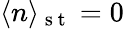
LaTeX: \langle n\rangle_{\mathrm{~s~t~}}=0